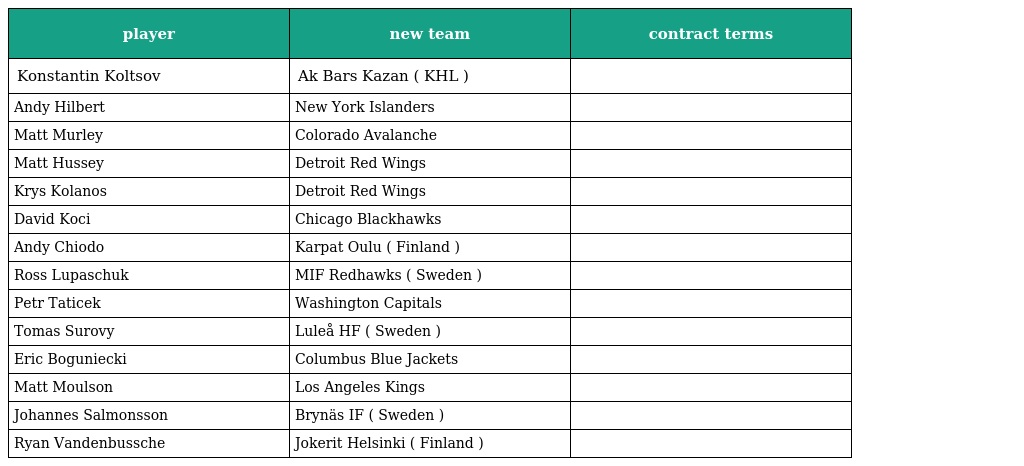
| player | new team | contract terms |
 | --- | --- | --- |
 | Konstantin Koltsov | Ak Bars Kazan ( KHL ) |  |
 | Andy Hilbert | New York Islanders |  |
 | Matt Murley | Colorado Avalanche |  |
 | Matt Hussey | Detroit Red Wings |  |
 | Krys Kolanos | Detroit Red Wings |  |
 | David Koci | Chicago Blackhawks |  |
 | Andy Chiodo | Karpat Oulu ( Finland ) |  |
 | Ross Lupaschuk | MIF Redhawks ( Sweden ) |  |
 | Petr Taticek | Washington Capitals |  |
 | Tomas Surovy | Luleå HF ( Sweden ) |  |
 | Eric Boguniecki | Columbus Blue Jackets |  |
 | Matt Moulson | Los Angeles Kings |  |
 | Johannes Salmonsson | Brynäs IF ( Sweden ) |  |
 | Ryan Vandenbussche | Jokerit Helsinki ( Finland ) |  |